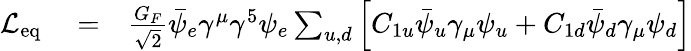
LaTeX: \begin{array}{rlr}{{\cal L}_{\mathrm{eq}}}&{{}=}&{\frac{G_{F}}{\sqrt{2}}\bar{\psi}_{e}\gamma^{\mu}\gamma^{5}\psi_{e}\sum_{u,d}\left[C_{1u}\bar{\psi}_{u}\gamma_{\mu}\psi_{u}+C_{1d}\bar{\psi}_{d}\gamma_{\mu}\psi_{d}\right]}\end{array}